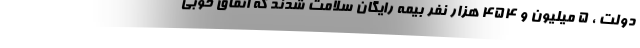
دولت ، ۵ میلیون و ۴۵۴ هزار نفر بیمه رایگان سلامت شدند که اتفاق خوبی